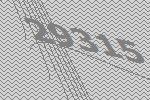
29315